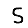
Digit: 5